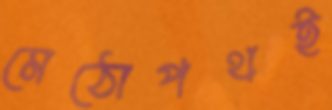
মেঠোপথই